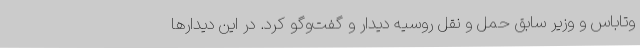
وتاباس و وزیر سابق حمل و نقل روسیه دیدار و گفت‌وگو کرد. در این دیدارها